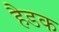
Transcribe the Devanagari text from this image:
हैडक